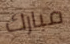
مبارك